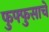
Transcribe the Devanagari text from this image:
फुफ्फुसाचे